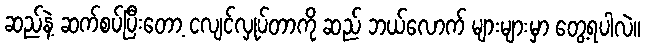
ဆည်နဲ့ ဆက်စပ်ပြီးတော့ ငလျင်လှုပ်တာကို ဆည် ဘယ်လောက် များများမှာ တွေ့ရပါလဲ။